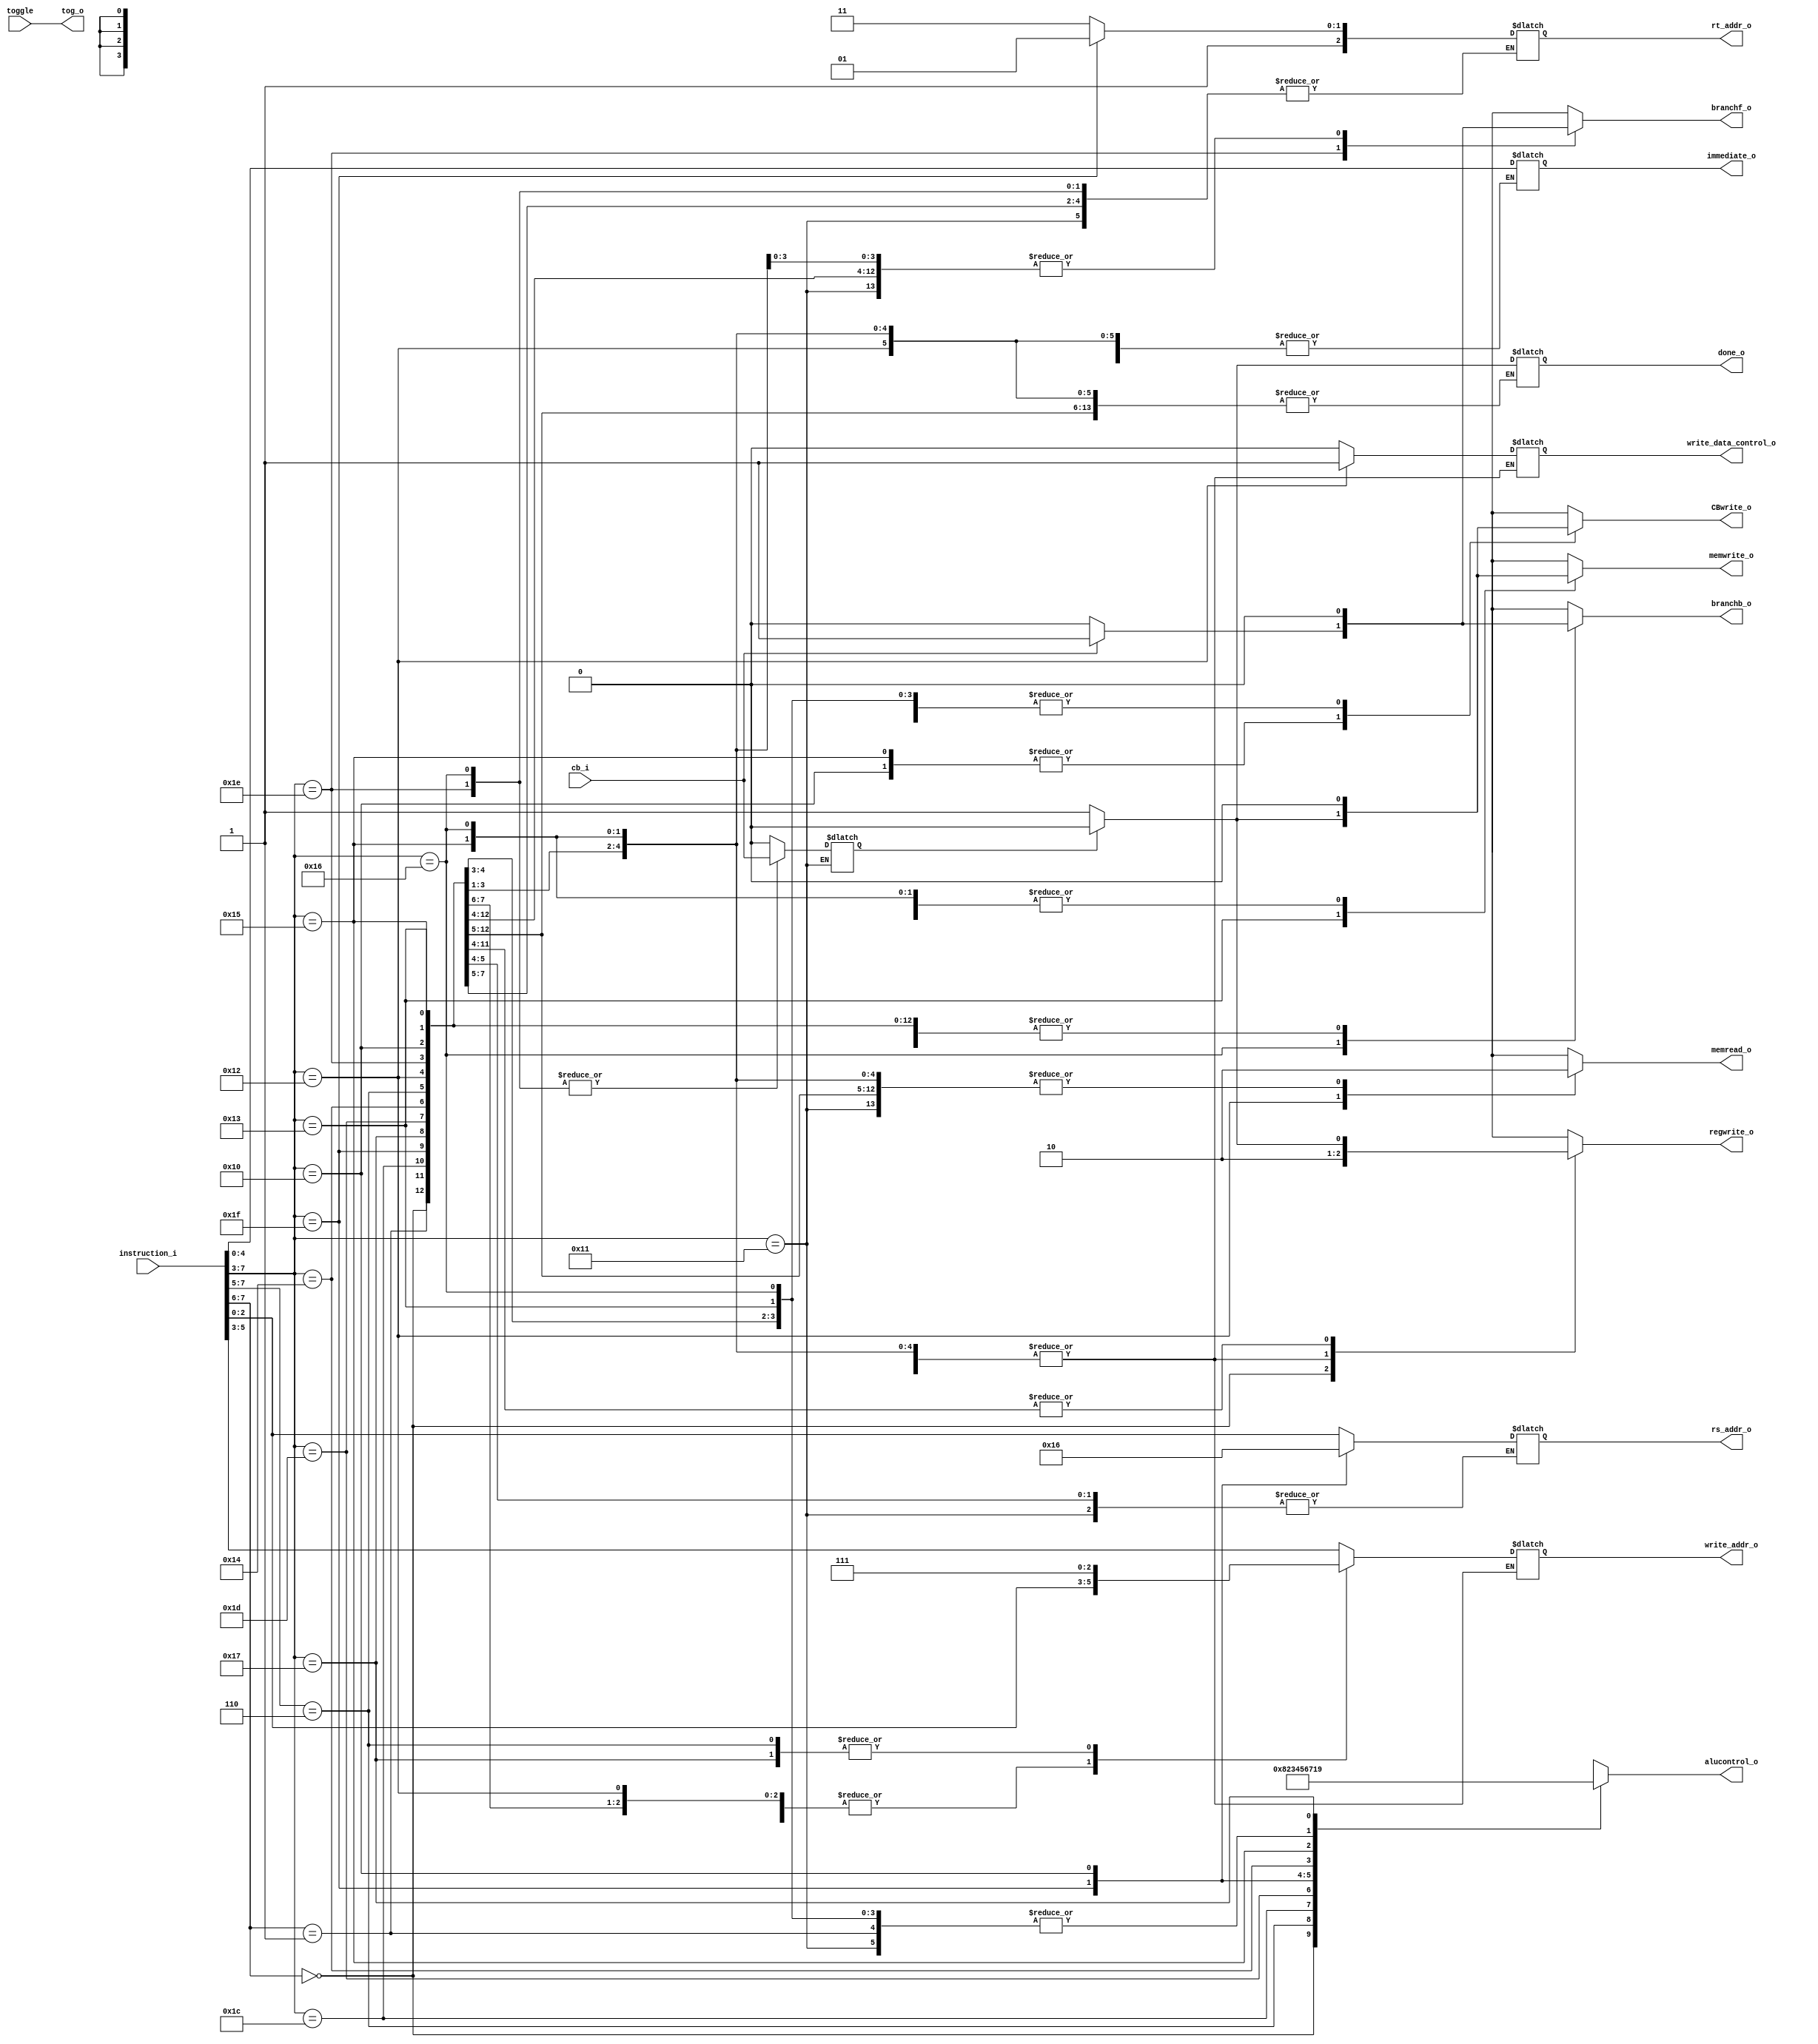
module control(input[7:0] instruction_i,
					input cb_i,
					input toggle,
					output[3:0] alucontrol_o,
					output[2:0] rs_addr_o,
					output[2:0] rt_addr_o,
					output regwrite_o,
					output write_data_control_o,
					output CBwrite_o,
					output[2:0] write_addr_o,
					output[4:0] immediate_o,
					output memwrite_o,
					output memread_o,
					output branchb_o,
					output branchf_o,
					output done_o,
					output reg tog_o
					);
					
		reg[3:0] alucontrol;
		reg regwrite;
		reg CBwrite;
		reg[2:0] write_addr;
		reg write_data_control;
		reg[2:0] rs_addr;
		reg[2:0] rt_addr;
		reg[4:0] immediate;
		reg memwrite;
		reg memread;
		reg branchb;
		reg branchf;
		reg done;
		reg flush;
		
		assign alucontrol_o = alucontrol;
		assign regwrite_o = regwrite;
		assign CBwrite_o = CBwrite;
		assign write_addr_o = write_addr;
		assign write_data_control_o = write_data_control;
		assign rs_addr_o = rs_addr;
		assign rt_addr_o = rt_addr;
		assign immediate_o = immediate;
		assign memwrite_o = memwrite;
		assign memread_o = memread;
		assign branchb_o = branchb;
		assign branchf_o = branchf;
		assign done_o = done;
					
		initial begin
			flush = 0;
		end
					
		always@(*)begin
		tog_o = toggle;
			casez(instruction_i[7:3])
			
				5'b00???: begin		
					$display("and instruction");
					alucontrol = 4'b0000;	
					regwrite = 1'b1;
					CBwrite = 1'b0;
					write_addr = instruction_i[5:3];
					write_data_control = 0;
					rs_addr =	instruction_i[2:0];
					rt_addr = 3'd7;
					memread = 1'b0;
					memwrite = 1'b0;
					branchb = 1'b0;
					branchf = 1'b0;
					flush = 0;
				end
				5'b01???: begin
					$display("add instruction");
					alucontrol = 4'b0001;
					regwrite = flush? 0:1'b1;
					CBwrite = 1'b0;
					write_addr = instruction_i[5:3];
					write_data_control = 0;
					rs_addr =	instruction_i[2:0];
					rt_addr = 3'd7;
					memread = 1'b0;
					memwrite = 1'b0;
					branchb = 1'b0;
					branchf = 1'b0;
					flush = 0;
				end
				5'b110??: begin
					$display("set instruction");
					alucontrol = 4'b1000;
					regwrite = flush? 0:1'b1;
					CBwrite = 1'b0;
					immediate = instruction_i[4:0];
					write_addr = 3'd7;
					write_data_control = 0;
					memread = 1'b0;
					memwrite = 1'b0;
					branchb = 1'b0;
					branchf = 1'b0;
					flush = 0;
				end
				5'b11100: begin
					$display("sll instruction");
					alucontrol = 4'b0010;
					regwrite = flush? 0:1'b1;
					CBwrite = 1'b0;
					write_addr = instruction_i[2:0];
					write_data_control = 0;
					rs_addr =	instruction_i[2:0];
					rt_addr = 3'd7;
					memread = 1'b0;
					memwrite = 1'b0;
					branchb = 1'b0;
					branchf = 1'b0;
					flush = 0;
				end
				5'b11101: begin
					$display("srl instruction");
					alucontrol = 4'b0011;
					regwrite = flush? 0:1'b1;
					CBwrite = 1'b0;
					write_addr = instruction_i[2:0];
					write_data_control = 0;
					rs_addr =	instruction_i[2:0];
					memread = 1'b0;
					memwrite = 1'b0;
					branchb = 1'b0;
					branchf = 1'b0;
					flush = 0;
				end
				5'b11110: begin
					$display("branch instruction");
					alucontrol = 4'b0001;
					regwrite = 1'b0;
					CBwrite = 1'b0;
					rs_addr = instruction_i[2:0];
					memread = 1'b0;
					memwrite = 1'b0;
					branchb = 1'b0;
					branchf = cb_i?1:0;
					flush = cb_i;
				end
				5'b11111: begin
					$display("subsigned instruction");
					alucontrol = 4'b0100;
					regwrite = flush? 0:1'b1;
					CBwrite = 1'b0;
					write_addr = instruction_i[2:0];
					write_data_control = 0;
					rs_addr =	3'd2;
					rt_addr = 3'd5;
					memread = 1'b0;
					memwrite = 1'b0;		
					branchb = 1'b0;
					branchf = 1'b0;		
					flush = 0;
				end
				5'b10000: begin
					$display("slt instruction");
					alucontrol = 4'b0101;
					regwrite = 1'b0;
					CBwrite = flush? 0:1'b1;
					rs_addr =	3'd6;
					rt_addr = 3'd7;
					memread = 1'b0;
					memwrite = 1'b0;
					branchb = 1'b0;
					branchf = 1'b0;
					flush = 0;
				end
				5'b10001: begin
					$display("halt instruction");
					alucontrol = 4'b0001;
					regwrite = 1'b0;
					CBwrite = 1'b0;
					memread = 1'b0;
					memwrite = 1'b0;
					branchb = 1'b0;
					branchf = 1'b0;
					done = flush?0:1'b1;
				end
				5'b10010: begin
					$display("load instruction");
					alucontrol = 4'b0001;
					regwrite = flush? 0:1'b1;
					CBwrite = 1'b0;
					write_addr = instruction_i[2:0];
					write_data_control = 1;
					rt_addr = 3'd7;
					memread = 1'b1;
					memwrite = 1'b0;
					branchb = 1'b0;
					branchf = 1'b0;
					flush = 0;
				end
				5'b10011: begin
					$display("store instruction");
					alucontrol = 4'b0001;
					regwrite = 1'b0;
					CBwrite = 1'b0;
					rs_addr = instruction_i[2:0];
					rt_addr = 3'd7;
					memread = 1'b0;
					memwrite = flush? 0:1'b1;
					branchb = 1'b0;
					branchf = 1'b0;
					flush = 0;
				end
				5'b10100: begin
					$display("absolute instruction");
					alucontrol = 4'b0110;
					regwrite = flush? 0:1'b1;
					CBwrite = 1'b0;
					write_addr = instruction_i[2:0];
					write_data_control = 0;
					rs_addr =	instruction_i[2:0];	
					memread = 1'b0;
					memwrite = 1'b0;
					branchb = 1'b0;
					branchf = 1'b0;
					flush = 0;
				end
				5'b10101: begin
					$display("seq instruction");
					alucontrol = 4'b0111;
					regwrite = 1'b0;
					CBwrite = flush? 0:1'b1;
					rs_addr =	instruction_i[2:0];
					rt_addr = 3'd7;
					memread = 1'b0;
					memwrite = 1'b0;
					branchb = 1'b0;
					branchf = 1'b0;
					flush = 0;
				end
				5'b10110: begin
					$display("branchb instruction");
					alucontrol = 4'b0001;
					regwrite = 1'b0;
					CBwrite = 1'b0;
					rs_addr = instruction_i[2:0];
					memread = 1'b0;
					memwrite = 1'b0;
					branchf = 1'b0;
					branchb = cb_i?1:0;
					flush = cb_i;
				end
				5'b10111: begin
					$display("addc	 instruction");
					alucontrol = 4'b1001;
					regwrite = flush? 0:1'b1;
					CBwrite = 1'b0;
					memread = 1'b0;
					memwrite = 1'b0;
					write_addr = 3'd7;
					write_data_control = 0;
					rt_addr = 3'd7;
					rs_addr = instruction_i[2:0];
					branchb = 1'b0;
					branchf = 1'b0;
					flush =0;
				end
				
			endcase
		
		end
	endmodule